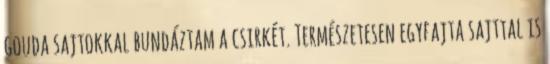
gouda sajtokkal bundáztam a csirkét. Természetesen egyfajta sajttal is